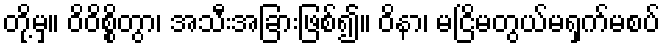
တို့မှ။ ဝိဝိစ္စိတွာ၊ အသီးအခြားဖြစ်၍။ ဝိနာ၊ မငြိမတွယ်မရှက်မစပ်